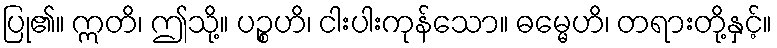
ပြု၏။ ဣတိ၊ ဤသို့။ ပဉ္စဟိ၊ ငါးပါးကုန်သော။ ဓမ္မေဟိ၊ တရားတို့နှင့်။